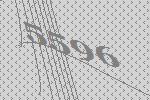
5596